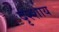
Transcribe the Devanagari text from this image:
दृश्शाय